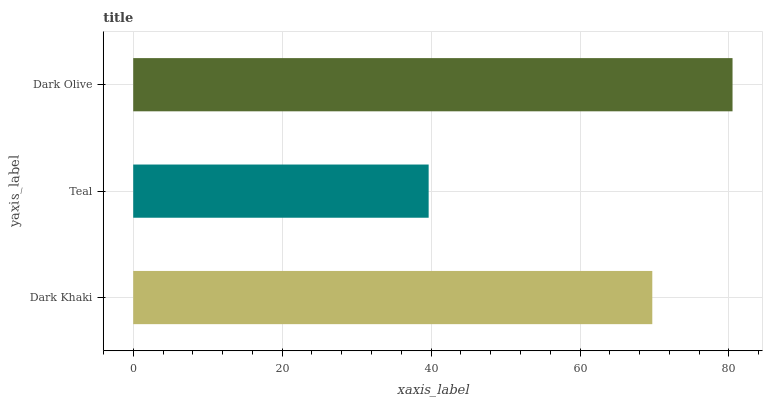
| yaxis_label | bars |
 | --- | --- |
 | Dark Khaki | 69.7 |
 | Teal | 39.7 |
 | Dark Olive | 80.5 |